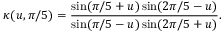
\kappa ( u , { \pi / 5 } ) = { \frac { \sin ( \pi / 5 + u ) \sin ( 2 \pi / 5 - u ) } { \sin ( \pi / 5 - u ) \sin ( 2 \pi / 5 + u ) } } .